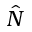
\hat { N }